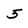
Character: 5